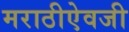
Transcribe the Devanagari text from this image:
मराठीऐवजी